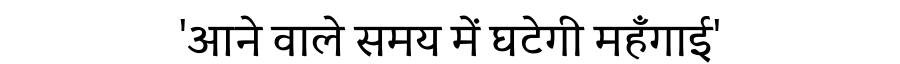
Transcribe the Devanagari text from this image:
'आने वाले समय में घटेगी महँगाई'